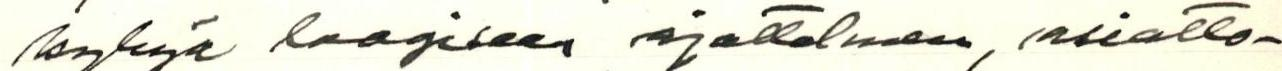
kykyä loogiseen ajatteluun, asiatto-